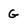
Character: G